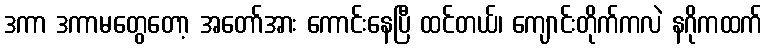
ဒကာ ဒကာမတွေတော့ အတော်အား ကောင်းနေပြီ ထင်တယ်၊ ကျောင်းတိုက်ကလဲ နဂိုကထက်